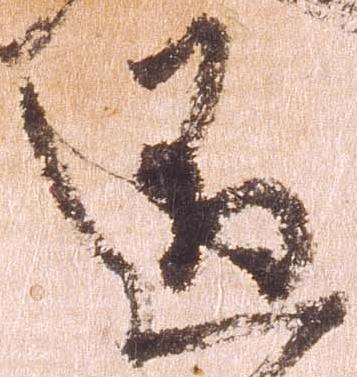
道